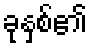
ခုနှစ်၏